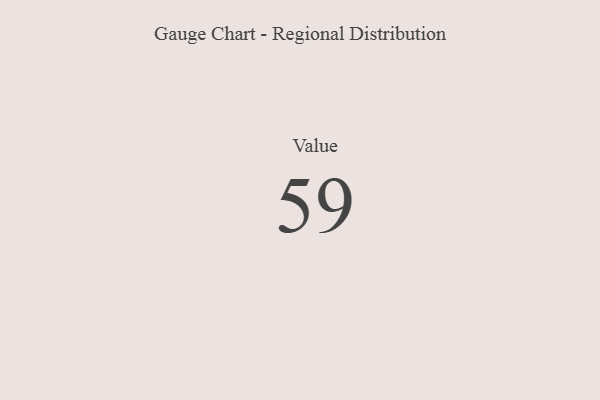
{"axis": {"x": "Metric", "y": "Value"}, "legend": [""], "data": [{"x": "Value", "y": 59, "type": ""}]}